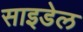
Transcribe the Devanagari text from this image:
साइडेल